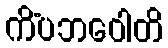
ကိံပဘဝေါတိ